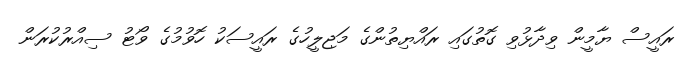
ރައީސް ޔާމީން ވިދާޅުވި ގޮތުގައި ރައްޔިތުންގެ މަޖިލީހުގެ ރައީސަކު ހޮވުމުގެ ވޯޓު ސިއްރުކުރަން